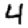
Digit: 4